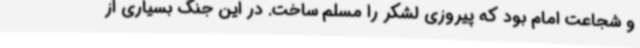
و شجاعت امام بود که پیروزی لشکر را مسلم ساخت. در این جنگ بسیاری از